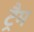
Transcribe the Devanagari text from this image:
ट्रैम